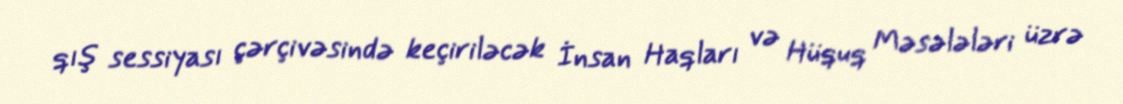
qış sessiyası çərçivəsində keçiriləcək İnsan Haqları və Hüquq Məsələləri üzrə